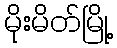
မိုးမိတ်မြို့